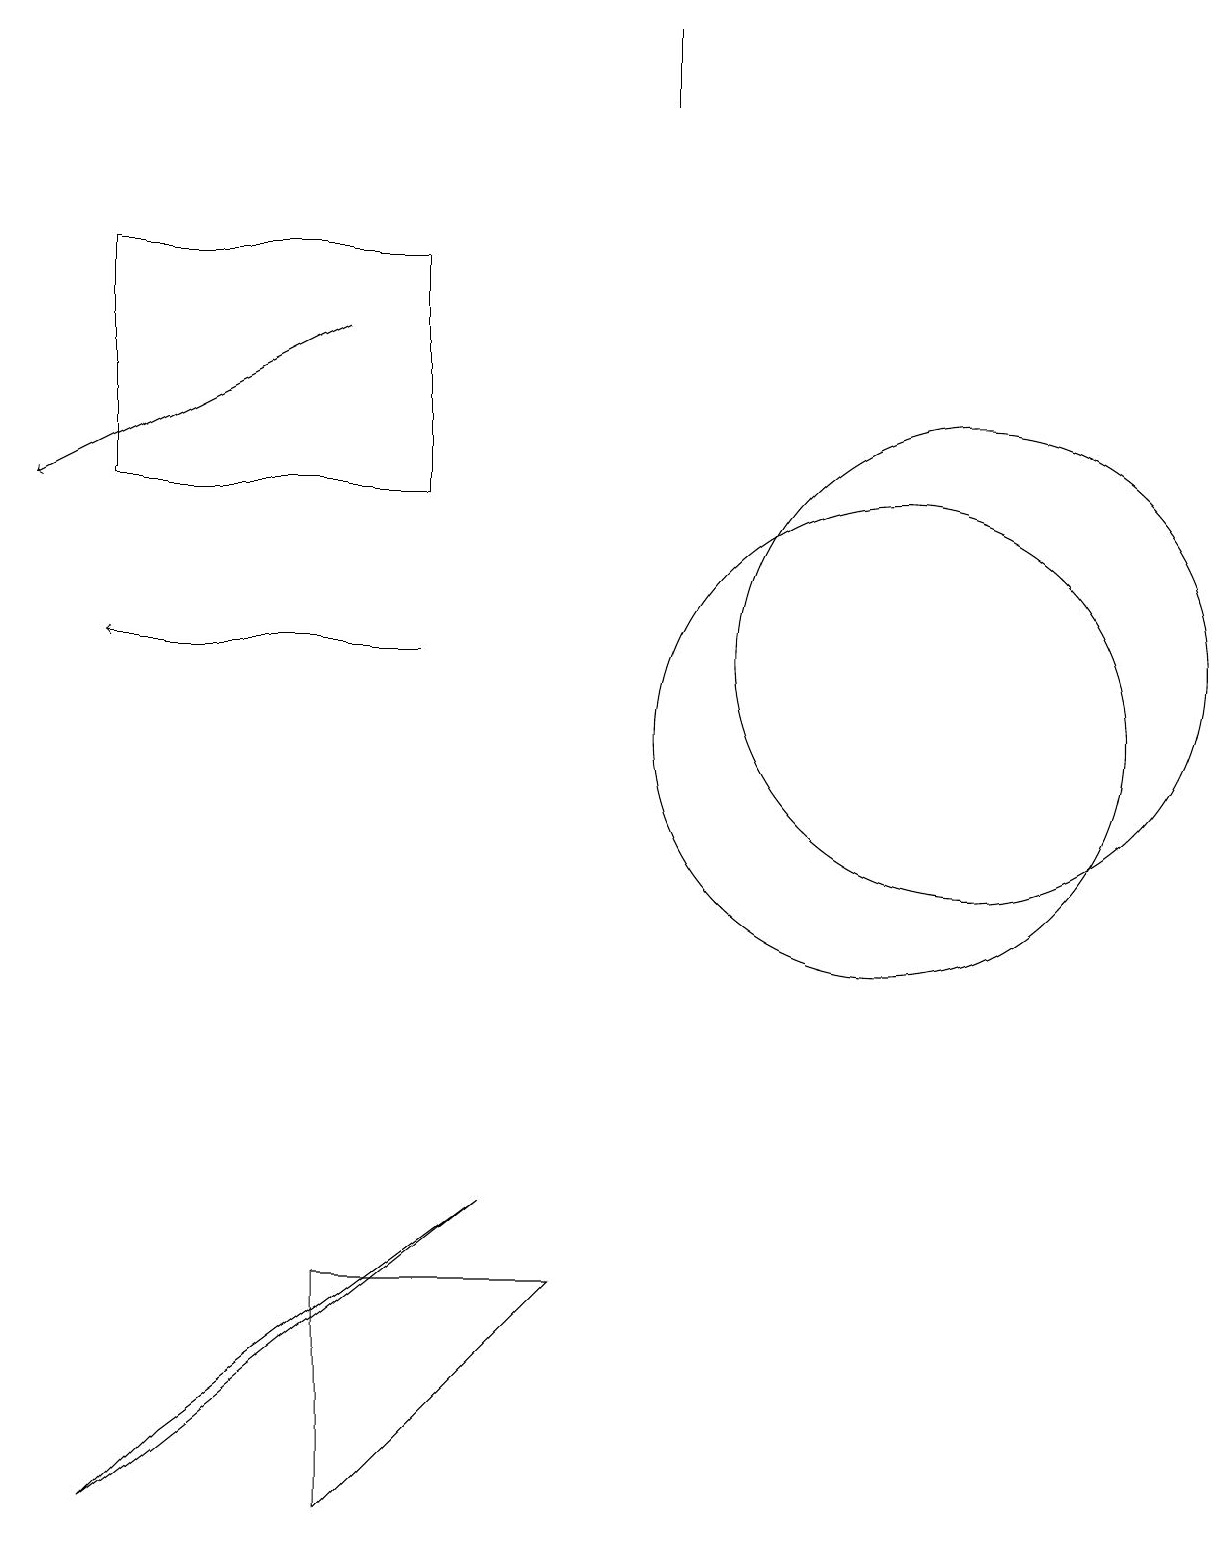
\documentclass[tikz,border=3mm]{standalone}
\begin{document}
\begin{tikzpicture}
\draw (11,10) circle (3);
\draw[->] (5,11) -- (1,11);
\draw (4,3) -- (4,0) -- (7,3) -- cycle;
\draw (1,0) -- (2,1) -- (6,4) -- cycle;
\draw[->] (4,15) -- (0,13);
\draw (5,13) rectangle (1,16);
\draw (8,18) rectangle (8,19);
\draw (12,11) circle (3);
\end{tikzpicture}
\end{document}